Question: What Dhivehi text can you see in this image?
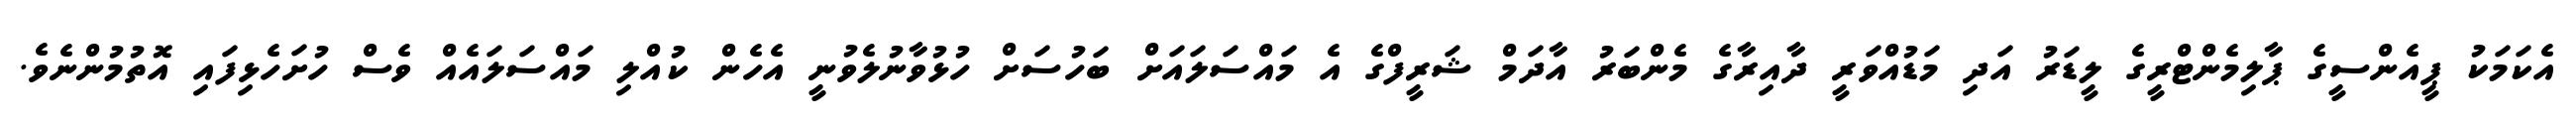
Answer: އެކަމަކު ޕީއެންސީގެ ޕާލިމެންޓްރީގެ ލީޑަރު އަދި މަޑުއްވަރީ ދާއިރާގެ މެންބަރު އާދަމް ޝަރީފްގެ އެ މައްސަލައަށް ބަހުސަށް ހުޅުވާނުލެވުނީ އެހެން ކުއްލި މައްސަލައެއް ވެސް ހުށަހެޅިފައި އޮތުމުންނެވެ.